system: You are a helpful assistant.
user:
Analyze the provided spectrum to determine if it is a **"Cataclysmic Variables (CV)"**.

- **Key Indicators for CV (Check for either state):**
    - **State 1: Quiescent / Low-State (Emission-Dominated)**
        - **(Primary):** Strong and *very broad* Hydrogen Balmer emission lines (e.g., $H\alpha$ at 6563 Å, $H\beta$ at 4861 Å). The 'broadness' (high velocity dispersion, often FWHM > 1000 km/s) is the key diagnostic, indicating a high-velocity accretion disk.
        - **(Secondary):** Broad neutral Helium (He I) emission lines (e.g., 5876 Å, 6678 Å).
        - **(Key Confirmation):** Presence of high-excitation *ionized* Helium (He II) emission at 4686 Å. This is a strong indicator of accretion onto a white dwarf.
        - **(Line Profile):** Emission lines may exhibit a 'double-peaked' profile, which is a classic signature of a rotating accretion disk viewed at high inclination.

    - **State 2: Outburst / High-State (Absorption-Dominated)**
        - **(Primary):** Spectrum is dominated by a bright, blue continuum (looks like a hot star).
        - **(Secondary):** The emission lines from State 1 are weak, absent, or 'filled in', and are replaced by broad, shallow *absorption* lines (primarily Balmer and He I).
        - **(Morphology):** The overall spectrum mimics a hot B/A-type star. The crucial difference is that the absorption lines are significantly broader, shallower, and more 'washed-out' (or 'smeared') than the sharp lines of a normal stellar photosphere, due to high rotational speeds and pressure broadening in the disk.

Think first, call **spectral_visualization_tool** if needed to examine features in detail, then provide your final answer. Your response must adhere to the following strict rules:
1.  **Overall Structure:** Your response must follow the format `<think>...</think> <tool_call>...</tool_call> (if a tool is used) <answer>...</answer>`.
2.  **Tool Usage Constraint:** You may only make **one** tool call per turn.
3.  **Final Answer Format:** In the `<answer>` tag, your conclusion must be inside a `\boxed{}` command (e.g., `\boxed{YES}`), followed by your justification.

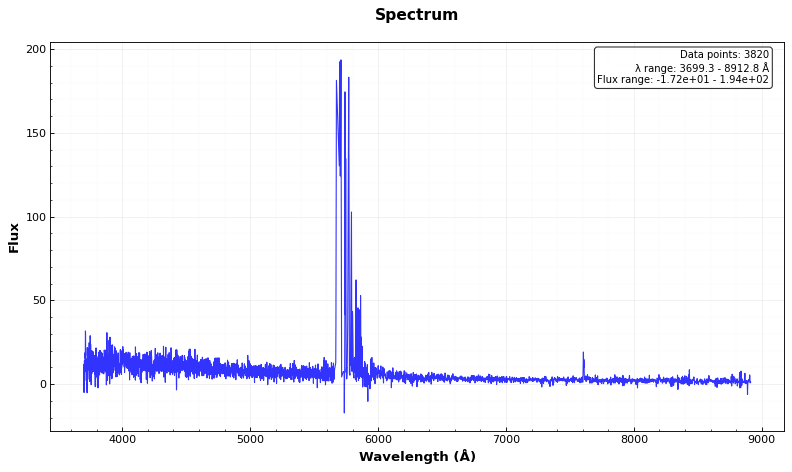
Answer: YES